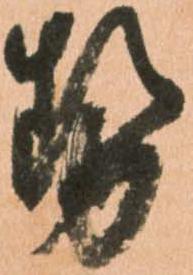
勢